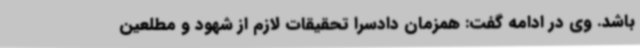
باشد. وی در ادامه گفت: همزمان دادسرا تحقیقات لازم از شهود و مطلعین